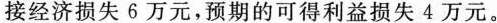
接经济损失6万元，预期的可得利益损失4万元。